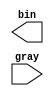
module Gray_to_Bin_Converter_Structural #(parameter size = 4)(
    bin,
    gray
    );
    
    output [size-1:0]bin;
    input [size-1:0]gray;
    
    genvar i;
    
    for(i=0; i<size; i=i+1)
    begin
        if(i<size-1)
            xor(b[i], g[i], b[i+1]);
        
        else
            buf(b[i], g[i]);
    end
endmodule